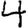
Digit: 4